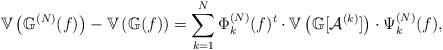
LaTeX: \begin{align*}\mathbb{V}\left( \mathbb{G}^{(N)}(f)\right) -\mathbb{V}\left(\mathbb{G}(f)\right) =\sum_{k=1}^{N}\Phi_{k}^{(N)}(f)^{t}\cdot\mathbb{V}\left( \mathbb{G}[\mathcal{A}^{(k)}]\right) \cdot\Psi_{k}^{(N)}(f),\end{align*}